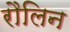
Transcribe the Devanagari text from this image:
रौलिन